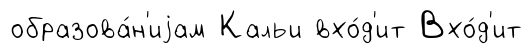
образова́н'иjам Кальи вхо́д'ит Вхо́д'ит